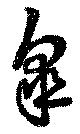
皐